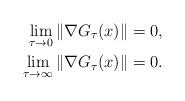
LaTeX: \begin{align*} \lim_{\tau\to 0}\|\nabla G_\tau(x)\|&=0,\\ \lim_{\tau\to \infty}\|\nabla G_\tau(x)\|&=0. \end{align*}